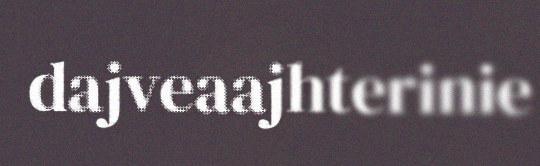
dajveaajhterinie